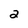
Character: 2